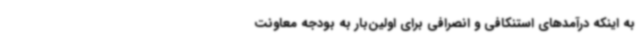
به اینکه درآمدهای استنکافی و انصرافی برای اولین‌بار به بودجه معاونت